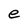
Character: e